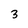
Character: 3